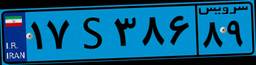
۱۷S۳۸۶۸۹